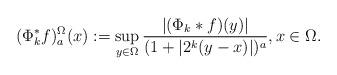
LaTeX: \begin{align*} (\Phi_k^*f)^\Omega_a(x):=\sup_{y\in\Omega}\frac{|(\Phi_k\ast f)(y)|}{(1+|2^k(y-x)|)^{a}},x\in\Omega. \end{align*}